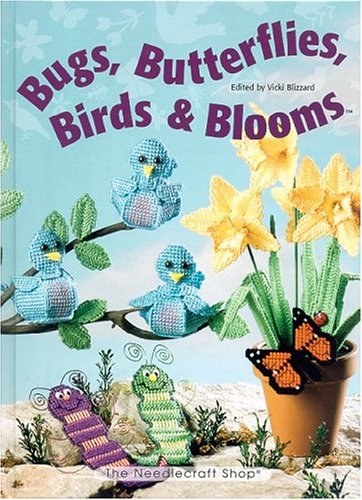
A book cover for Bugs, Butterflies, Birds & Blooms; Crafts, Hobbies & Home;